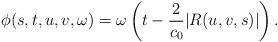
LaTeX: \begin{align*} \phi(s, t, u, v, \omega) = \omega\left(t - \frac{2}{c_0}|R(u, v, s)|\right).\end{align*}